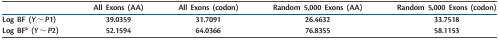
<table><thead><tr><td></td><td><b>All Exons (AA)</b></td><td><b>All Exons (codon)</b></td><td><b>Random 5,000 Exons (AA)</b></td><td><b>Random 5,000 Exons (codon)</b></td></tr></thead><tbody><tr><td>Log BF (<i>Y</i> ∼ <i>P</i>1)</td><td>39.0359</td><td>31.7091</td><td>26.4632</td><td>33.7518</td></tr><tr><td>Log BF<sup>a</sup> (<i>Y</i> ∼ <i>P</i>2)</td><td>52.1594</td><td>64.0366</td><td>76.8355</td><td>58.1153</td></tr></tbody></table>